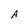
Character: A